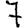
Digit: 7